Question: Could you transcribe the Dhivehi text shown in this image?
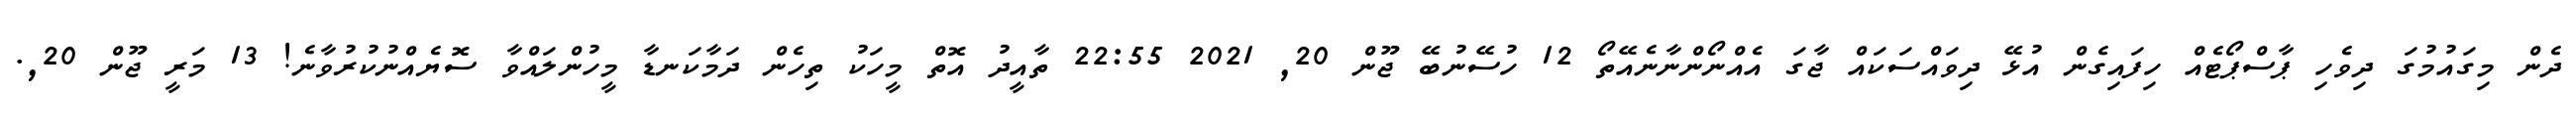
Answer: ދެން މިގައުމުގަ ދިވެހި ޕާސްޕޯޓެއް ހިފައިގެން އުޅޭ ދިވައްސަކައް ޖާގަ އެއްނޯންނާނެއޭތޯ 12 ހުސޭނުބޭ ޖޫން 20, 2021 22:55 ތާއީދު އޮތް މީހަކު ތިހެން ދަމާކަނޑާ މީހުންލައްވާ ސޮޔެއްނުކުރުވާނެ! 13 މަރީ ޖޫން 20,.